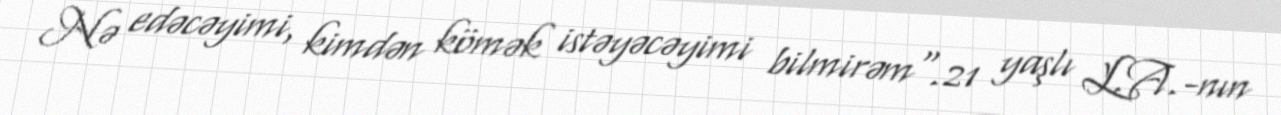
Nə edəcəyimi, kimdən kömək istəyəcəyimi bilmirəm".21 yaşlı L.A.-nın